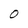
Character: O